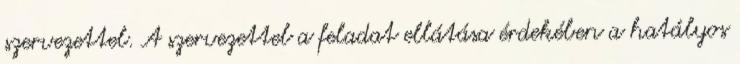
szervezettel. A szervezettel a feladat ellátása érdekében a hatályos